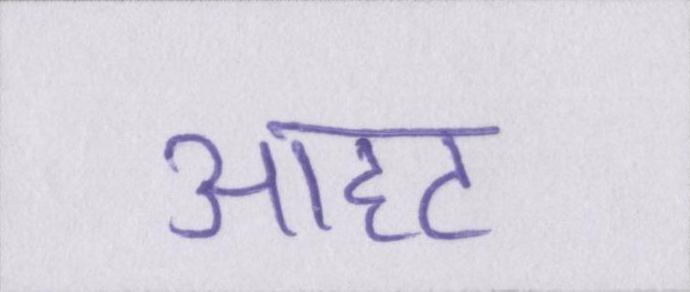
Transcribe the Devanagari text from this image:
आहट